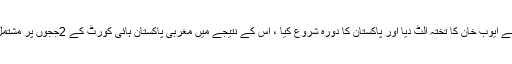
جنرل یحییٰ خان نے ایوب خان کا تختہ الٹ دیا اور پاکستان کا دورہ شروع کیا ، اس کے نتیجے میں مغربی پاکستان ہائی کورٹ کے 2ججوں پر مشتمل ٹربیونل قائم کیا۔